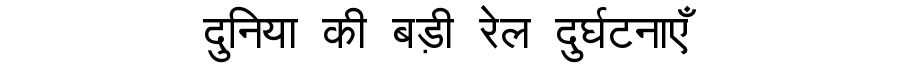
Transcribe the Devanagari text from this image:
दुनिया की बड़ी रेल दुर्घटनाएँ